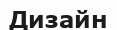
Дизайн